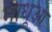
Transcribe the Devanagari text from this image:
माधूआ